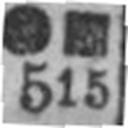
515